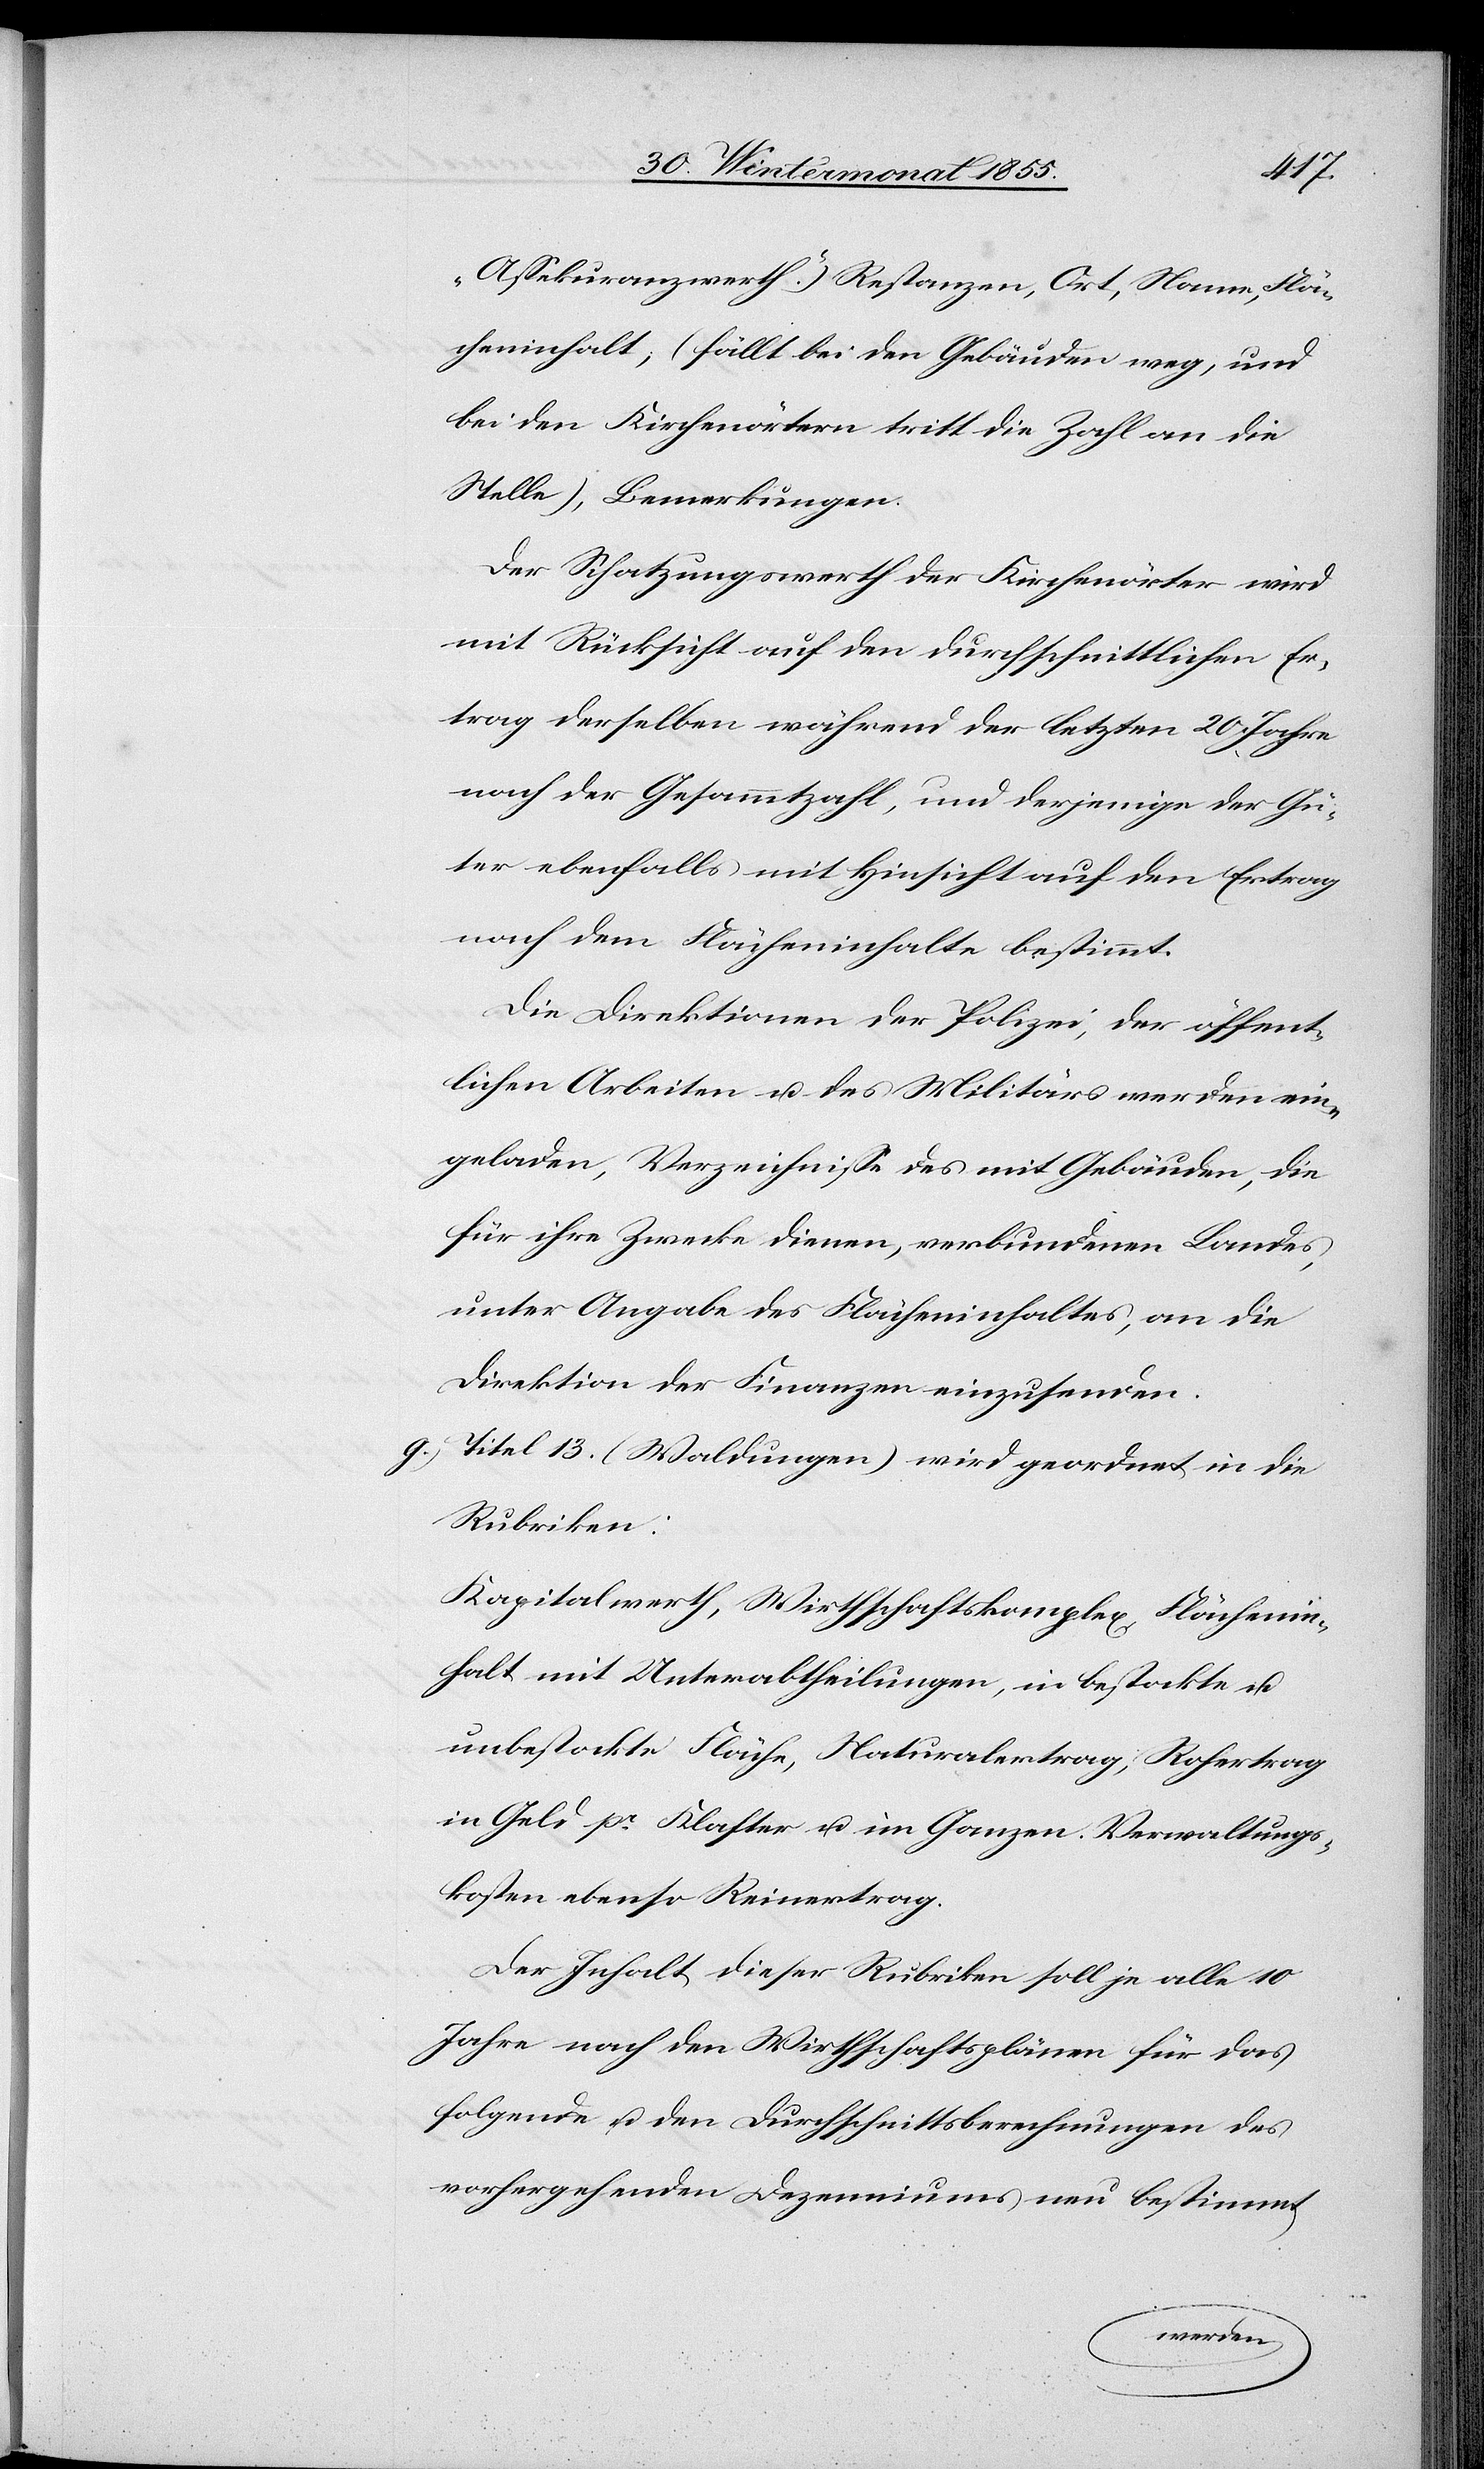
„Assekuranzwerth“.) Restanzen, Ort, Name, Flä¬
cheninhalt, (fällt bei den Gebäuden weg; und
bei den Kirchenörtern tritt die Zahl an die
Stelle), Bemerkungen.
Der Schatzungswerth der Kirchenörter wird
mit Rücksicht auf den durchschnittlichen Er¬
trag derselben während der letzten 20 Jahre
nach der Gesammtzahl, und derjenige der Gü¬
ter ebenfalls mit Hinsicht auf den Ertrag
nach dem Flächeninhalte bestimmt.
Die Direktionen der Polizei, der öffent¬
lichen Arbeiten u. des Militärs werden ein¬
geladen, Verzeichnisse des mit Gebäuden, die
für ihre Zwecke dienen, verbundenen Landes,
unter Angabe des Flächeninhaltes, an die
Direktion der Finanzen einzusenden.
Titel 13. (Waldungen) wird geordnet in die
Rubriken:
Kapitalwerth, Wirthschaftskomplex, Flächenin¬
halt mit Unterabtheilungen, in bestockte u.
unbestockte Fläche, Naturalertrag, Rohertrag
in Geld pr. Klafter u. im Ganzen. Verwaltungs¬
kosten ebenso Reinertrag.
Der Inhalt dieser Rubriken soll je alle 10
Jahre nach den Wirthschaftsplänen für das
folgende u. den Durchschnittsberechnungen des
vorhergehenden Dezenniums neu bestimmt